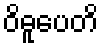
ဝိဓူပေတိ